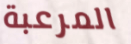
المرعبة